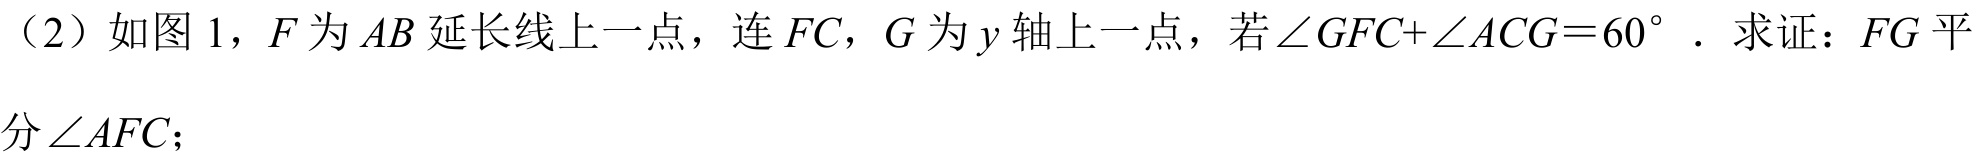
（2）如图 1，\(F\)为\(AB\)延长线上一点，连\(FC\)，\(G\)为\(y\)轴上一点，若\(\angle GFC+\angle ACG = 60^{\circ}\). 求证：\(FG\)平分\(\angle AFC\)；